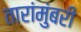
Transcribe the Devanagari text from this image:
तारांमुंबरी